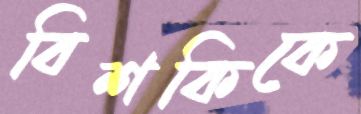
বিশকিকে